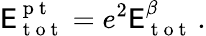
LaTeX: \mathsf{E}_{\mathrm{{~t~o~t~}}}^{\mathrm{{~p~t~}}}=e^{2}\mathsf{E}_{\mathrm{{~t~o~t~}}}^{\beta}\, .